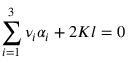
\sum _ { i = 1 } ^ { 3 } \nu _ { i } \alpha _ { i } + 2 K l = 0